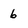
Character: 6